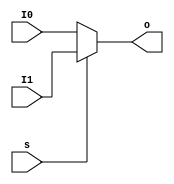
`timescale 1ns / 1ps
//////////////////////////////////////////////////////////////////////////////////
// Company: 
// Engineer: 
// 
// Design Name: 
// Module Name:    MUX2T1_8 
// Project Name: 
// Target Devices: 
// Tool versions: 
// Description: 
//
// Dependencies: 
//
// Revision: 
// Revision 0.01 - File Created
// Additional Comments: 
//
//////////////////////////////////////////////////////////////////////////////////
module  MUX2T1_32(input[31:0]I0,
						input[31:0]I1,
						input s,
						output[31:0]o
						);
						
			assign o = s?I1:I0;			////322,I0I101

endmodule